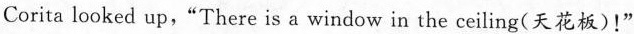
Corita looked up,“ There is a window in the ceiling(天花板)!"